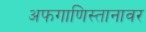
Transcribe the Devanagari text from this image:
अफगाणिस्तानावर